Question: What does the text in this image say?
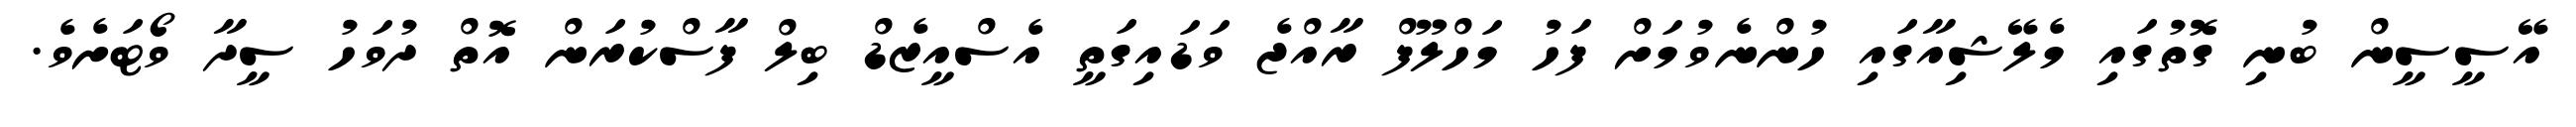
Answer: އޭސީސީން ބުނި ގޮތުގައި މެލޭޝިއާގައި ހުންނެވުމަށް ފަހު މަހްލޫފް ރާއްޖެ ވަޑައިގަތީ އެސްއީޒެޑް ބިލް ފާސްކުރަން އޮތް ދުވަހު ސީދާ ވޯޓަށެވެ.